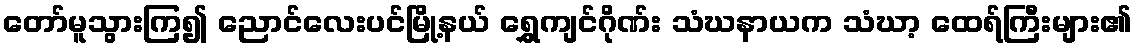
တော်မူသွားကြ၍ ညောင်လေးပင်မြို့နယ် ရွှေကျင်ဂိုဏ်း သံဃနာယက သံဃာ့ ထေရ်ကြီးများ၏